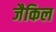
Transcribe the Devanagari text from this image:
जैकिल